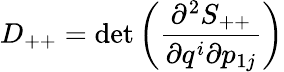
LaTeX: D_{++}=\operatorname*{det}\left(\frac{\partial^{2}S_{++}}{\partial q^{i}\partial p_{1j}}\right)